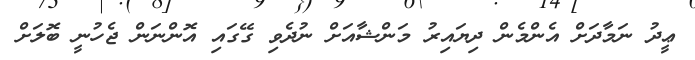
ޢީދު ނަމާދަށް އެންމެން ދިޔައިރު މަންޝާއަށް ނުދެވި ގޭގައި އޮންނަން ޖެހުނީ ބޮލަށް